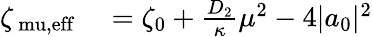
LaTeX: \begin{array}{rl}{\zeta_{\mathrm{\ mu,eff}}}&{{}=\zeta_{0}+\frac{D_{2}}{\kappa}\mu^{2}-4|a_{0}|^{2}}\end{array}